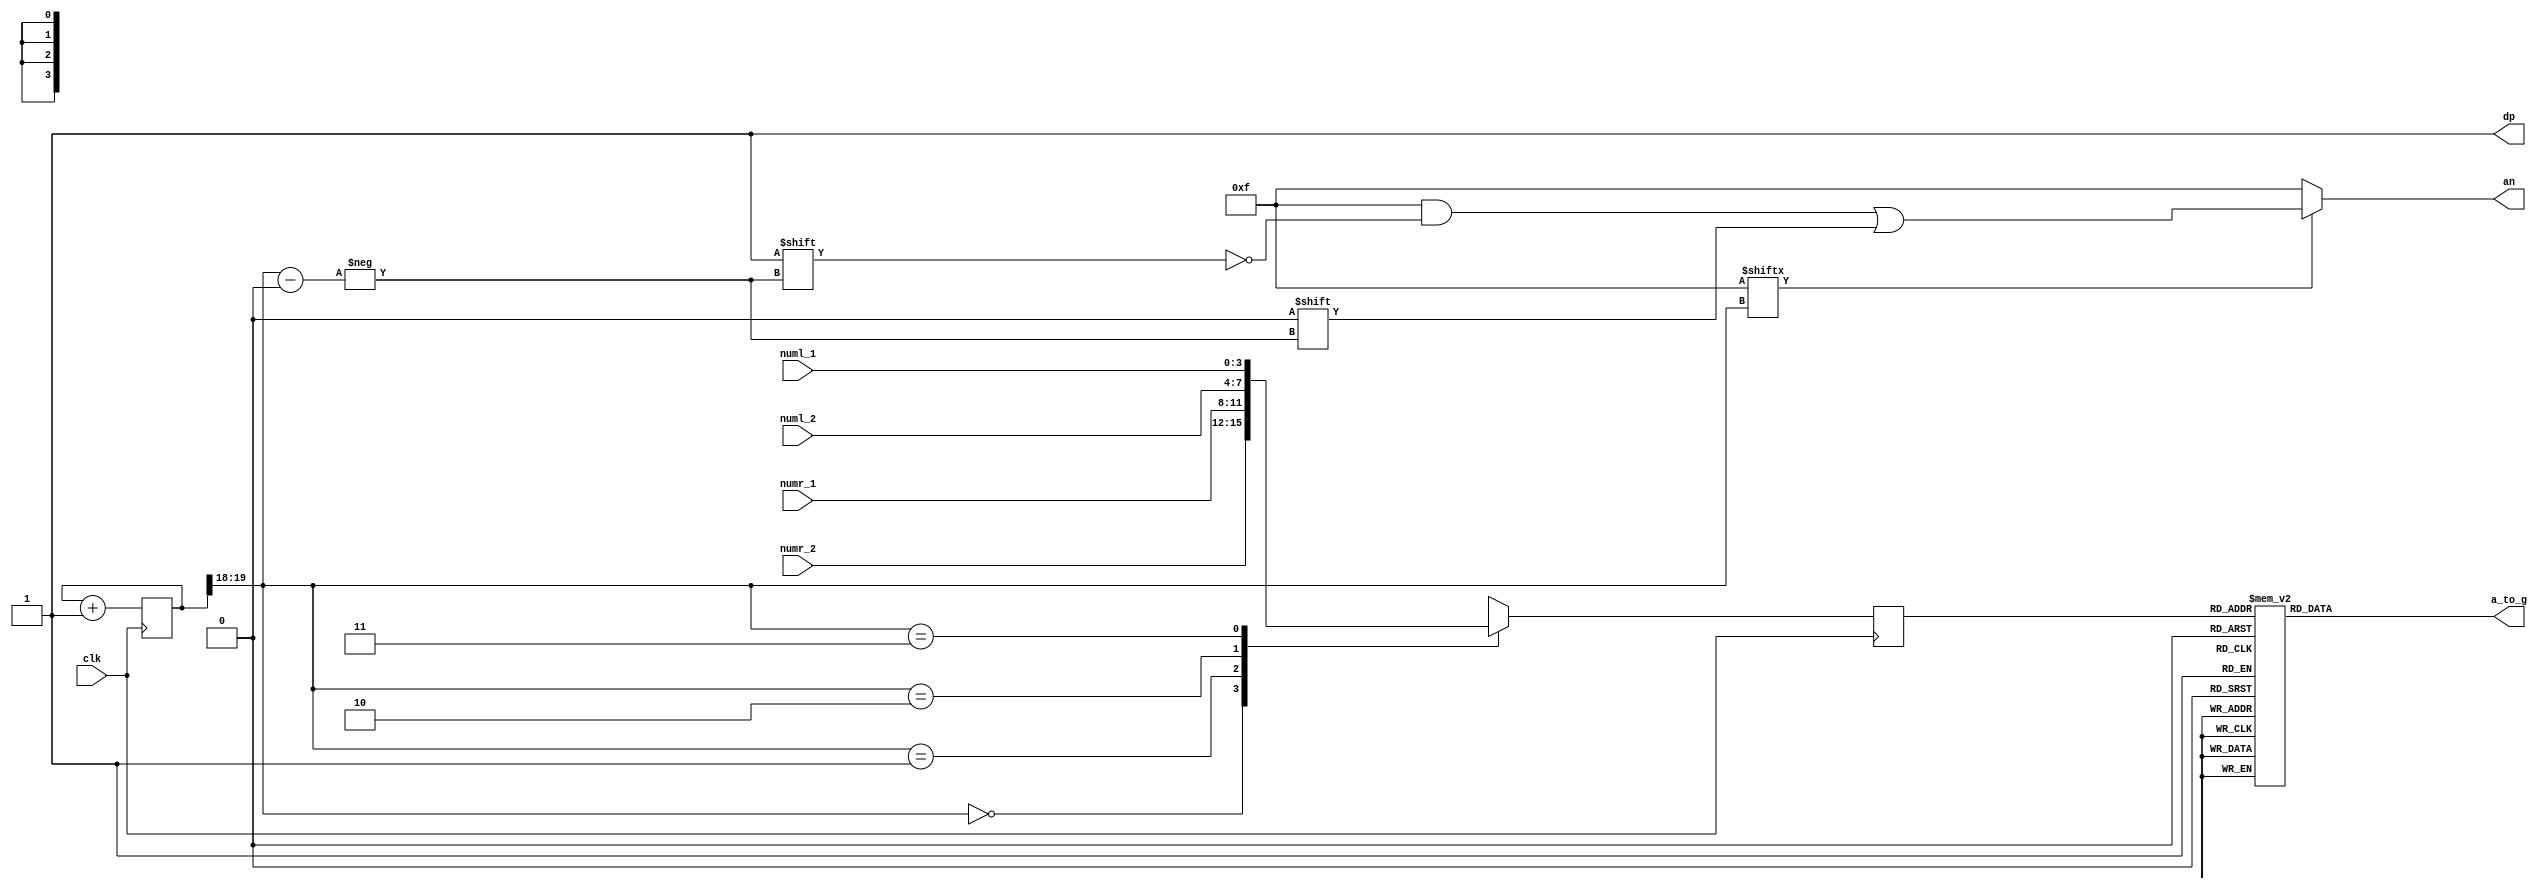
`timescale 1ns / 1ps
//////////////////////////////////////////////////////////////////////////////////
// Company: 
// Engineer: 
// 
// Design Name: 
// Module Name: LED
// Project Name: 
// Target Devices: 
// Tool Versions: 
// Description: 
// 
// Dependencies: 
// 
// Revision:
// Revision 0.01 - File Created
// Additional Comments:
// 
//////////////////////////////////////////////////////////////////////////////////


module LED(    
    input [3:0] numl_1,
    input [3:0] numl_2,
    input [3:0] numr_1,
    input [3:0] numr_2,
    input clk,
    output reg [6:0] a_to_g,
    output reg [3:0] an,
    output wire dp
    );
   	 
    wire [1:0] s;     
    reg [3:0] digit;
    wire [3:0] aen;
    reg [19:0] clkdiv;

    assign dp = 1;
    assign s = clkdiv[19:18];
    assign aen = 4'b1111; // all turned off initially

    // quad 4to1 MUX.


    always @(posedge clk)// or posedge clr)
   
        case(s)
            0:digit = numr_2; // s is 00 -->0 ;  digit gets assigned 4 bit value assigned to x[3:0]
            1:digit = numr_1; // s is 01 -->1 ;  digit gets assigned 4 bit value assigned to x[7:4]
            2:digit = numl_2; // s is 10 -->2 ;  digit gets assigned 4 bit value assigned to x[11:8
            3:digit = numl_1; // s is 11 -->3 ;  digit gets assigned 4 bit value assigned to x[15:12]
   
            default:digit = numr_2;
   
        endcase
   
   //decoder or truth-table for 7a_to_g display values
   always @(*)

        case(digit)


        //////////<---MSB-LSB<---
        //////////////gfedcba////////////////////////////////////////////         a
0:a_to_g = 7'b1000000;////0000                                                   __                    
1:a_to_g = 7'b1111001;////0001                                                f|   |b
2:a_to_g = 7'b0100100;////0010                                                  g
        //                                                                          
3:a_to_g = 7'b0110000;////0011                                              e |  |c
4:a_to_g = 7'b0011001;////0100                                                 
5:a_to_g = 7'b0010010;////0101                                                 d 
6:a_to_g = 7'b0000010;////0110
7:a_to_g = 7'b1111000;////0111
8:a_to_g = 7'b0000000;////1000
9:a_to_g = 7'b0010000;////1001
'hA : a_to_g = 7'b0001000; //A 
'hB : a_to_g = 7'b0000011; //b 
'hC : a_to_g = 7'b1000110; //C 
'hD : a_to_g = 7'b0100001; //d 
'hE : a_to_g = 7'b0000110; //E 
'hF : a_to_g = 7'b0001110; //F 
default : a_to_g = 7'b111111; //

endcase


always @(*)begin
an=4'b1111;
if(aen[s] == 1)
an[s] = 0;
end


//clkdiv

always @(posedge clk) begin
clkdiv <= clkdiv+1;
end
endmodule